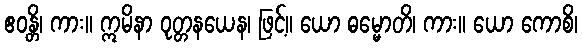
ဧဝန္တိ၊ ကား။ ဣမိနာ ဝုတ္တနယေန၊ ဖြင့်။ ယော ဓမ္မောတိ၊ ကား။ ယော ကောစိ၊